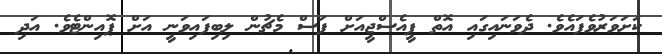
ކަށަވަރުވެފައެވެ. ދެވަނައިގައި އޮތް ޕީއެސްޖީއަށް ފަސް މެޗުން ލިބިފައިވަނީ އަށް ޕޮއިންޓެވެ. އަދި